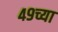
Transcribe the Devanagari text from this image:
४९च्या